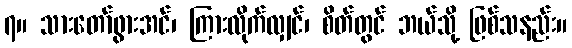
၇။ သားတော်ဖွားအင်၊ ကြားလိုက်လျှင်၊ စိတ်တွင် ဘယ်သို့ ဖြစ်သနည်း။